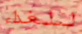
للغداء